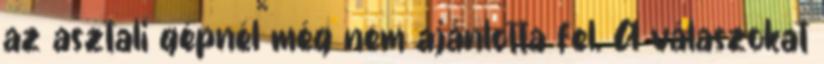
az asztali gépnél még nem ajánlotta fel. A válaszokat